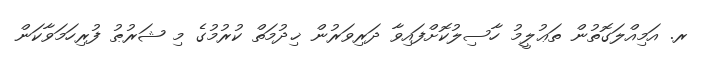
ރ. އަމިއްލަގޮތުން ތަޢުލީމު ހާސިލުކޮށްފައިވާ ދަރިވަރުން ޚިދުމަތް ކުރުމުގެ މި ޝަރުޠު ފުރިހަމަވާކަން